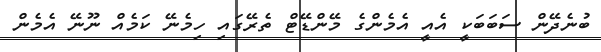
ބުނެދޭން ސަބަބަކީ އެއީ އެމެންގެ މޭންޑޭޓް ތެރޭގައި ހިމެނޭ ކަމެއް ނޫނޭ އެމެން